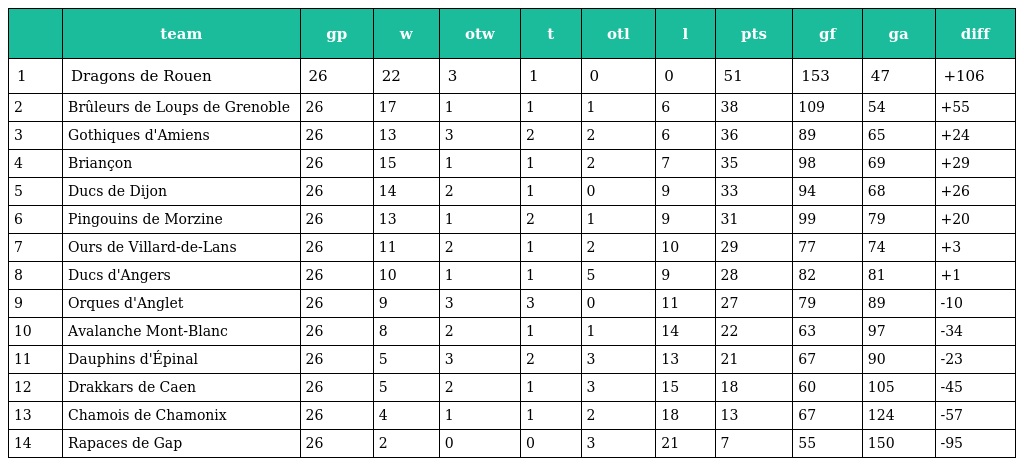
|  | team | gp | w | otw | t | otl | l | pts | gf | ga | diff |
 | --- | --- | --- | --- | --- | --- | --- | --- | --- | --- | --- | --- |
 | 1 | Dragons de Rouen | 26 | 22 | 3 | 1 | 0 | 0 | 51 | 153 | 47 | +106 |
 | 2 | Brûleurs de Loups de Grenoble | 26 | 17 | 1 | 1 | 1 | 6 | 38 | 109 | 54 | +55 |
 | 3 | Gothiques d'Amiens | 26 | 13 | 3 | 2 | 2 | 6 | 36 | 89 | 65 | +24 |
 | 4 | Briançon | 26 | 15 | 1 | 1 | 2 | 7 | 35 | 98 | 69 | +29 |
 | 5 | Ducs de Dijon | 26 | 14 | 2 | 1 | 0 | 9 | 33 | 94 | 68 | +26 |
 | 6 | Pingouins de Morzine | 26 | 13 | 1 | 2 | 1 | 9 | 31 | 99 | 79 | +20 |
 | 7 | Ours de Villard-de-Lans | 26 | 11 | 2 | 1 | 2 | 10 | 29 | 77 | 74 | +3 |
 | 8 | Ducs d'Angers | 26 | 10 | 1 | 1 | 5 | 9 | 28 | 82 | 81 | +1 |
 | 9 | Orques d'Anglet | 26 | 9 | 3 | 3 | 0 | 11 | 27 | 79 | 89 | -10 |
 | 10 | Avalanche Mont-Blanc | 26 | 8 | 2 | 1 | 1 | 14 | 22 | 63 | 97 | -34 |
 | 11 | Dauphins d'Épinal | 26 | 5 | 3 | 2 | 3 | 13 | 21 | 67 | 90 | -23 |
 | 12 | Drakkars de Caen | 26 | 5 | 2 | 1 | 3 | 15 | 18 | 60 | 105 | -45 |
 | 13 | Chamois de Chamonix | 26 | 4 | 1 | 1 | 2 | 18 | 13 | 67 | 124 | -57 |
 | 14 | Rapaces de Gap | 26 | 2 | 0 | 0 | 3 | 21 | 7 | 55 | 150 | -95 |